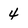
Character: 4